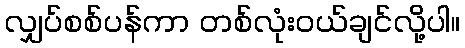
လျှပ်စစ်ပန်ကာ တစ်လုံးဝယ်ချင်လို့ပါ။